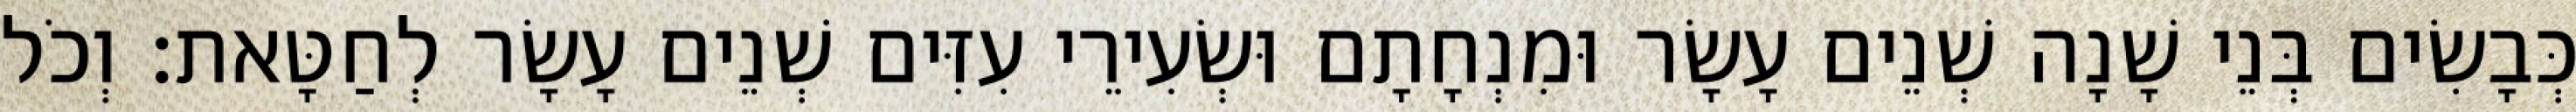
כְּבָשִׂים בְּנֵי שָׁנָה שְׁנֵים עָשָׂר וּמִנְחָתָם וּשְׂעִירֵי עִזִּים שְׁנֵים עָשָׂר לְחַטָּאת׃ וְכֹל